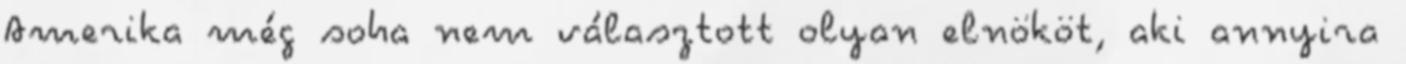
Amerika még soha nem választott olyan elnököt, aki annyira